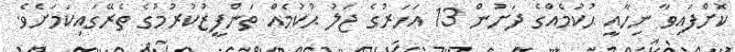
ކޮށްފައިވާ ނިހާއީ ޙުކުމެއްގެ ދަށުން 13 އަހަރުގެ ޖަލު ޙުކުމެއް ތަންފީޒުކުރުމުގެ ތެރޭގައިކަމަށެވެ.